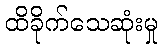
ထိခိုက်သေဆုံးမှု